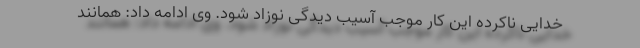
خدایی ناکرده این کار موجب آسیب دیدگی نوزاد شود. وی ادامه داد: همانند